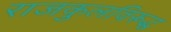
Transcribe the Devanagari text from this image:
राजकुलविरूद्ध